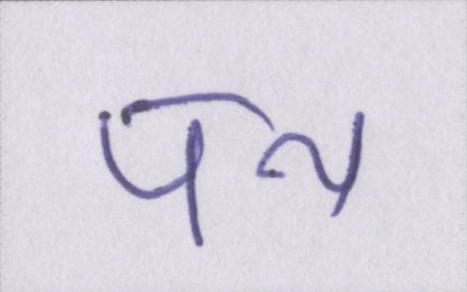
पथ